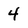
Character: 4